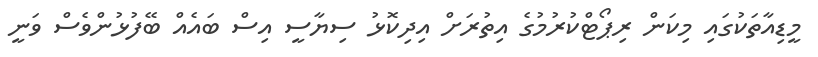
މީޑިއާތަކުގައި މިކަން ރިޕޯޓްކުރުމުގެ އިތުރަށް އިދިކޮޅު ސިޔާސީ އިސް ބައެއް ބޭފުޅުންވެސް ވަނީ